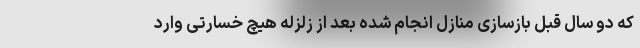
که دو سال قبل بازسازی منازل انجام شده بعد از زلزله هیچ خسارتی وارد